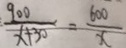
\frac { 9 0 0 } { x + 3 0 } = \frac { 6 0 0 } { x }